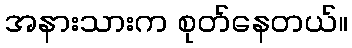
အနားသားက စုတ်နေတယ်။